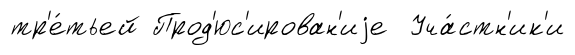
тр'е́тьей Прод'юс'ирован'иjе Уча́стн'ик'и